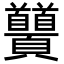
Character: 𩖐